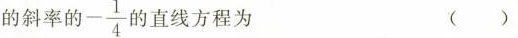
的斜率的 - \frac{1}{4} 的直线方程为 ()